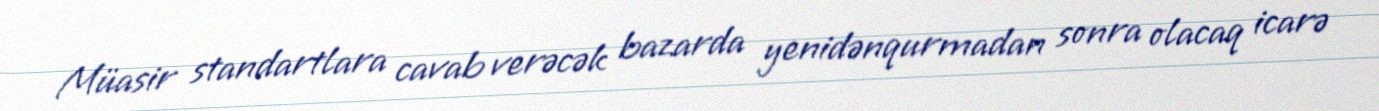
Müasir standartlara cavab verəcək bazarda yenidənqurmadan sonra olacaq icarə